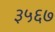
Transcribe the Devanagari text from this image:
३५६७